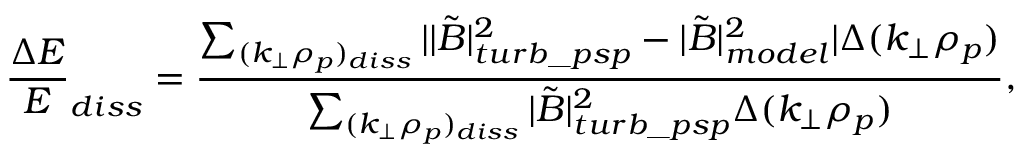
\frac { \Delta E } { E } _ { d i s s } = \frac { \sum _ { ( k _ { \perp } \rho _ { p } ) _ { d i s s } } | | \tilde { B } | _ { t u r b \_ p s p } ^ { 2 } - | \tilde { B } | _ { m o d e l } ^ { 2 } | \Delta ( k _ { \perp } \rho _ { p } ) } { \sum _ { ( k _ { \perp } \rho _ { p } ) _ { d i s s } } | \tilde { B } | _ { t u r b \_ p s p } ^ { 2 } \Delta ( k _ { \perp } \rho _ { p } ) } ,